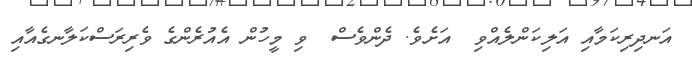
އަނދިރިކަމާއި އަލިކަންލެއްވި  އަށެވެ. ދެންވެސް  ވި މީހުން އެއުރެންގެ ވެރިިރަސްކަލާނގެއާއި